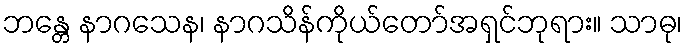
ဘန္တေ နာဂသေန၊ နာဂသိန်ကိုယ်တော်အရှင်ဘုရား။ သာဓု၊